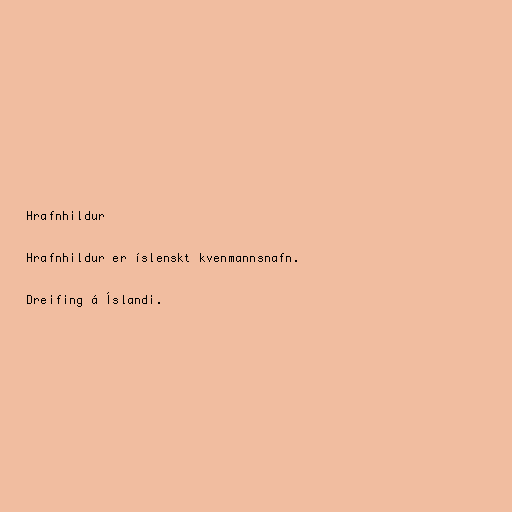
Hrafnhildur

Hrafnhildur er íslenskt kvenmannsnafn.

Dreifing á Íslandi.